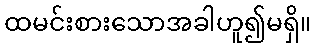
ထမင်းစားသောအခါဟူ၍မရှိ။